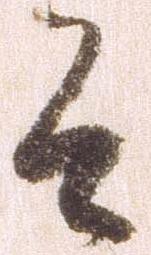
そ